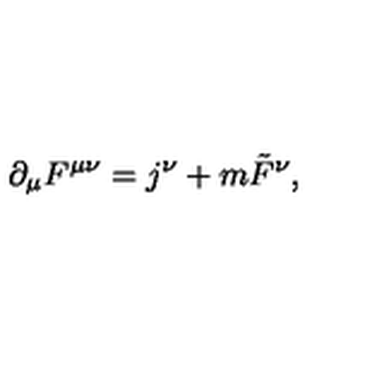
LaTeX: \partial _ { \mu } F ^ { \mu \nu } = j ^ { \nu } + m \tilde { F } ^ { \nu } ,